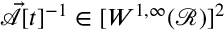
\vec { \mathcal { A } } [ t ] ^ { - 1 } \in [ W ^ { 1 , \infty } ( \mathscr { R } ) ] ^ { 2 }